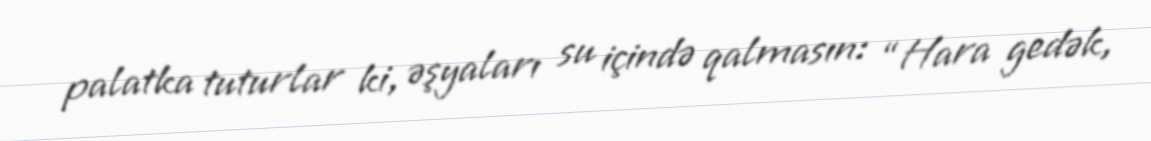
palatka tuturlar ki, əşyaları su içində qalmasın: “Hara gedək,